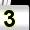
Digit: 3